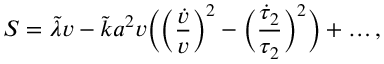
S = \tilde { \lambda } v - \tilde { k } a ^ { 2 } v \Bigl ( \Bigl ( \frac { \dot { v } } { v } \Bigr ) ^ { 2 } - \Bigl ( \frac { \dot { \tau } _ { 2 } } { \tau _ { 2 } } \Bigr ) ^ { 2 } \Bigr ) + \dots ,